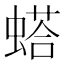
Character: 𫋓